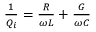
\begin{array} { r } { \frac { 1 } { Q _ { i } } = \frac { R } { \omega L } + \frac { G } { \omega C } } \end{array}